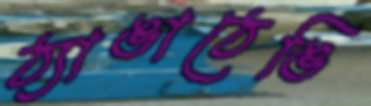
ঠ্যাঙাঠেঙি